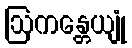
ဩကန္တေယျုံ